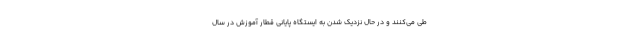
طی می‌کنند و در حال نزدیک شدن به ایستگاه پایانی قطار آموزش در سال